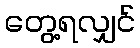
တွေ့ရလျှင်